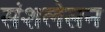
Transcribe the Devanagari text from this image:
संशलेसन